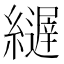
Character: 𦆣